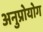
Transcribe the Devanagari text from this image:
अनुप्रोयोग